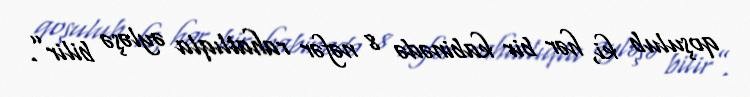
qoşulub ki, hər bir kabinədə 8 nəfər rahatlıqla əyləşə bilir”.